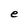
Character: e